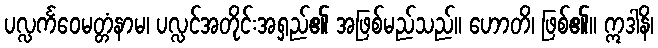
ပလ္လင်္ကဝေမတ္တံနာမ၊ ပလ္လင်အတိုင်းအရှည်၏ အဖြစ်မည်သည်။ ဟောတိ၊ ဖြစ်၏။ ဣဒါနိ၊